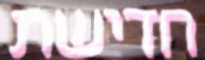
חדישת